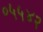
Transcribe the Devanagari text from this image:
०५५४२